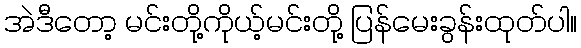
အဲဒီတော့ မင်းတို့ကိုယ့်မင်းတို့ ပြန်မေးခွန်းထုတ်ပါ။